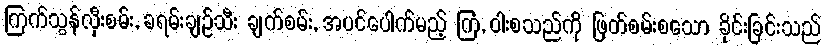
ကြက်သွန်လှီးစမ်း, ခရမ်းချဉ်သီး ချက်စမ်း, အပင်ပေါက်မည့် ကြံ, ဝါးစသည်ကို ဖြတ်စမ်းစသော ခိုင်းခြင်းသည်